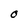
Character: O